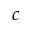
c